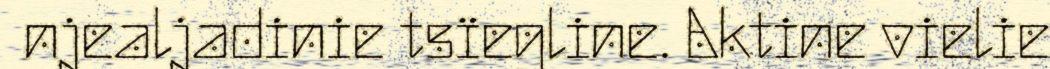
njealjadinie tsïegline. Aktine vielie